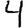
Digit: 4